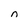
Character: n